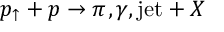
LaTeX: p _ { \uparrow } + { p } \rightarrow \pi ^ { } , \gamma , \mathrm { j e t } + X